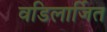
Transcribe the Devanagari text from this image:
वडिलार्जित